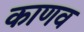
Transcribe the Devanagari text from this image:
काणव